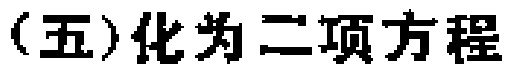
(五)化为二项方程